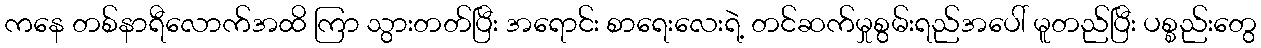
ကနေ တစ်နာရီလောက်အထိ ကြာ သွားတတ်ပြီး အရောင်း စာရေးလေးရဲ့ တင်ဆက်မှုစွမ်းရည်အပေါ် မူတည်ပြီး ပစ္စည်းတွေ